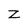
Character: Z